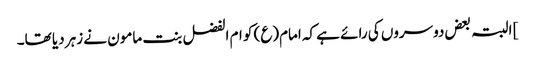
] البتہ بعض دوسروں کی رائے ہے کہ امام(ع) کو ام الفضل بنت مامون نے زہر دیا تھا۔